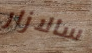
سالازار